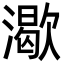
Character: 㵣